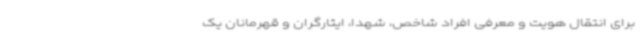
برای انتقال هویت و معرفی افراد شاخص، شهدا، ایثارگران و قهرمانان یک